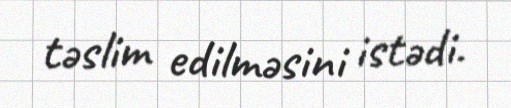
təslim edilməsini istədi.